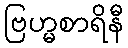
ဗြဟ္မစာရိနီ